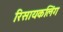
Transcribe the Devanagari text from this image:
रिसायकलिंग